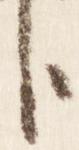
臣